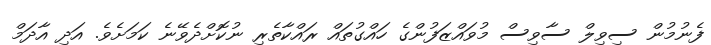
ފެނުމުން ސިވިލް ސާވިސް މުވައްޒަފުންގެ ހައްގުތައް ރައްކާތެރި ނުކޮށްދެވޭނެ ކަމަށެވެ. އަދި އާދަމް